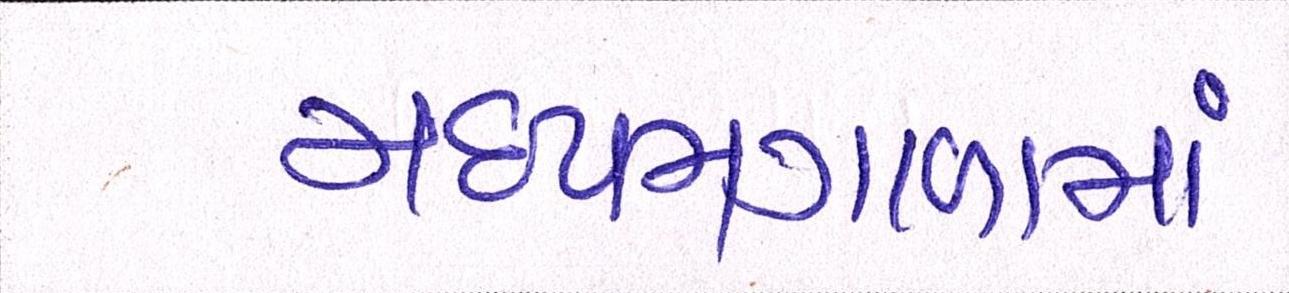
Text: મધ્યમગાળામાં